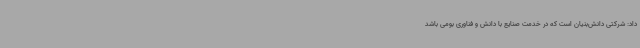
داد: شرکتی دانش‌بنیان است که در خدمت صنایع با دانش و فناوری بومی باشد